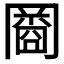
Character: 𠕬